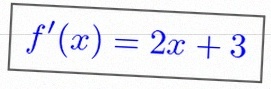
f'(x)=2x+3